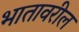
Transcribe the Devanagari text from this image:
भातावरील